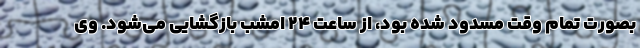
بصورت تمام وقت مسدود شده بود، از ساعت ۲۴ امشب بازگشایی می‌شود. وی